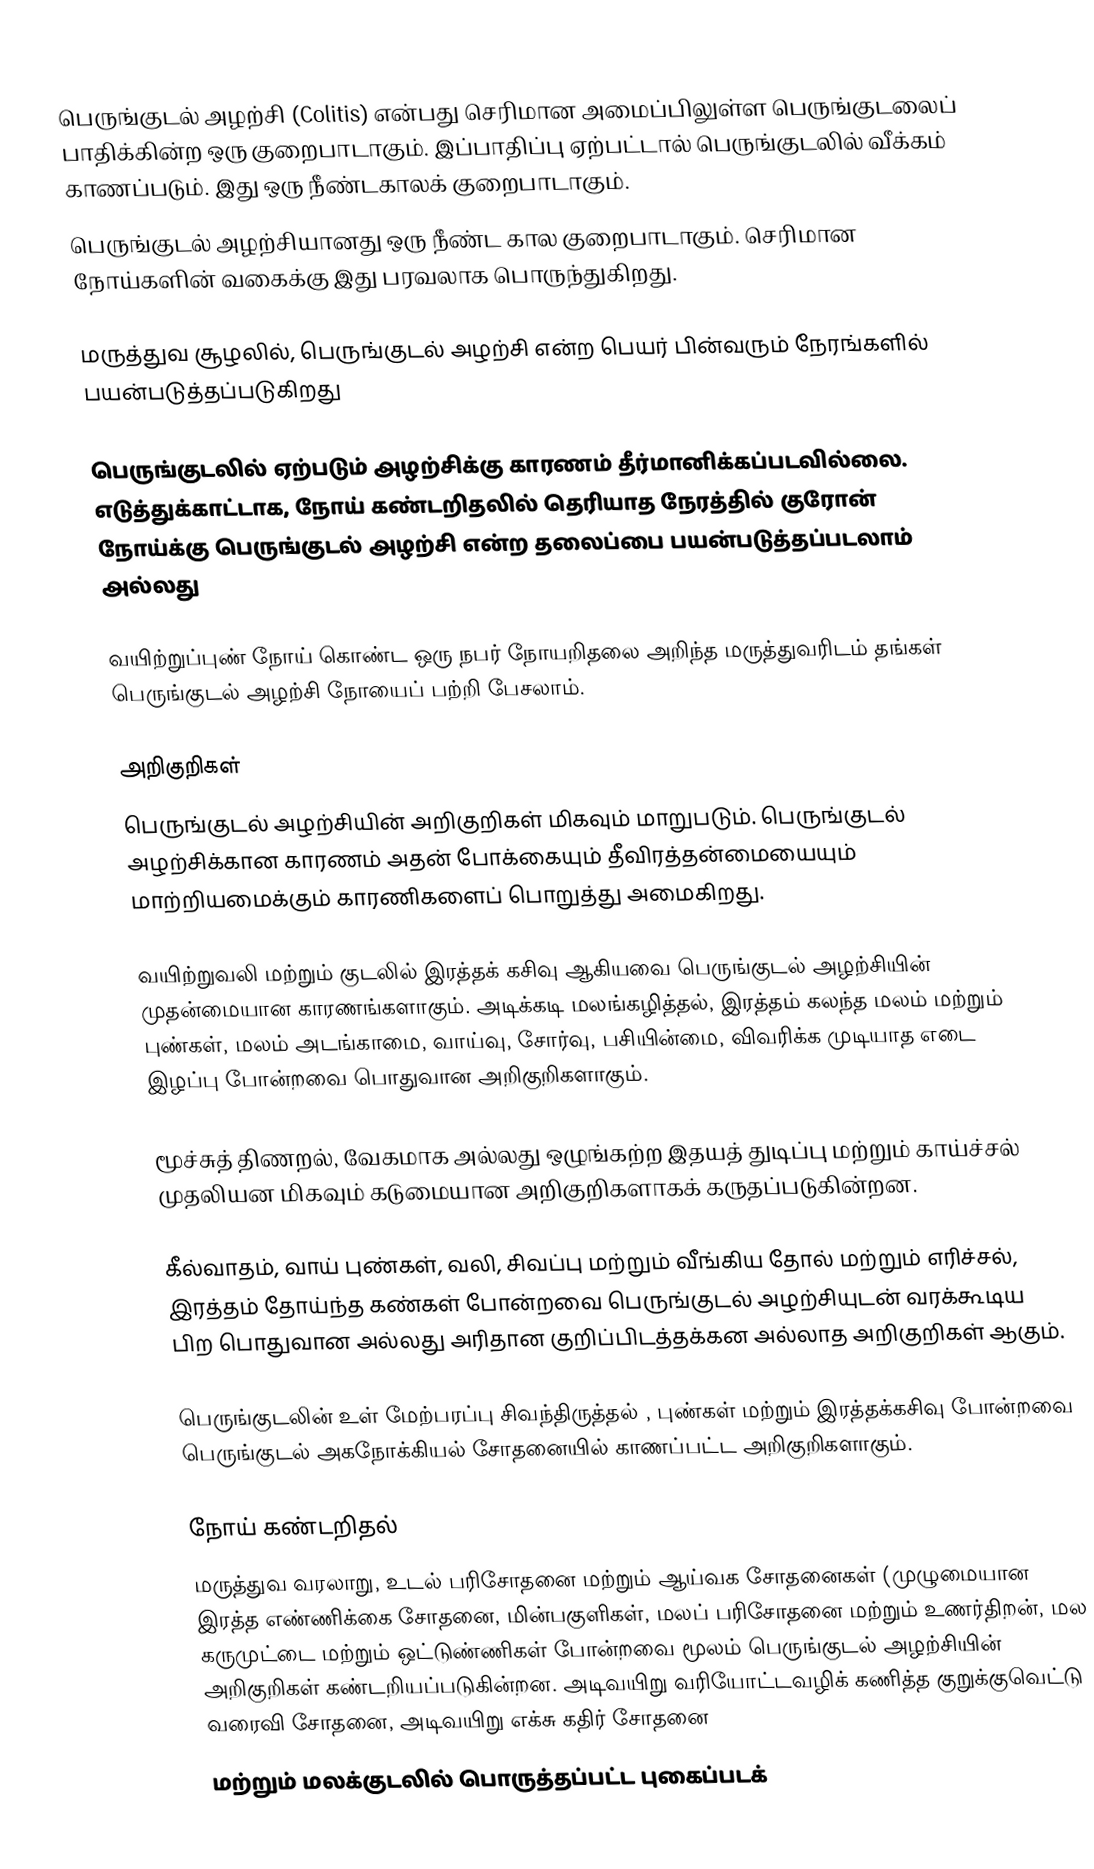
பெருங்குடல் அழற்சி (Colitis) என்பது செரிமான அமைப்பிலுள்ள பெருங்குடலைப் பாதிக்கின்ற ஒரு குறைபாடாகும். இப்பாதிப்பு ஏற்பட்டால் பெருங்குடலில் வீக்கம் காணப்படும்.  இது ஒரு நீண்டகாலக் குறைபாடாகும்.
பெருங்குடல் அழற்சியானது ஒரு நீண்ட கால குறைபாடாகும். செரிமான நோய்களின் வகைக்கு இது பரவலாக பொருந்துகிறது.

மருத்துவ சூழலில், பெருங்குடல் அழற்சி என்ற பெயர் பின்வரும் நேரங்களில் பயன்படுத்தப்படுகிறது

பெருங்குடலில் ஏற்படும் அழற்சிக்கு காரணம் தீர்மானிக்கப்படவில்லை. எடுத்துக்காட்டாக, நோய் கண்டறிதலில் தெரியாத நேரத்தில் குரோன் நோய்க்கு பெருங்குடல் அழற்சி என்ற தலைப்பை பயன்படுத்தப்படலாம் அல்லது

வயிற்றுப்புண் நோய் கொண்ட ஒரு நபர் நோயறிதலை அறிந்த மருத்துவரிடம் தங்கள் பெருங்குடல் அழற்சி நோயைப் பற்றி பேசலாம்.

அறிகுறிகள்
பெருங்குடல் அழற்சியின் அறிகுறிகள் மிகவும் மாறுபடும். பெருங்குடல் அழற்சிக்கான காரணம் அதன் போக்கையும் தீவிரத்தன்மையையும் மாற்றியமைக்கும் காரணிகளைப் பொறுத்து அமைகிறது.

வயிற்றுவலி மற்றும் குடலில் இரத்தக் கசிவு ஆகியவை பெருங்குடல் அழற்சியின் முதன்மையான காரணங்களாகும். அடிக்கடி மலங்கழித்தல், இரத்தம் கலந்த மலம் மற்றும் புண்கள், மலம் அடங்காமை, வாய்வு, சோர்வு, பசியின்மை, விவரிக்க முடியாத எடை இழப்பு போன்றவை பொதுவான அறிகுறிகளாகும்.

மூச்சுத் திணறல், வேகமாக அல்லது ஒழுங்கற்ற இதயத் துடிப்பு மற்றும் காய்ச்சல் முதலியன மிகவும் கடுமையான அறிகுறிகளாகக் கருதப்படுகின்றன.

கீல்வாதம், வாய் புண்கள், வலி, சிவப்பு மற்றும் வீங்கிய தோல் மற்றும் எரிச்சல்,  இரத்தம் தோய்ந்த கண்கள் போன்றவை பெருங்குடல் அழற்சியுடன் வரக்கூடிய பிற பொதுவான அல்லது அரிதான குறிப்பிடத்தக்கன அல்லாத அறிகுறிகள் ஆகும்.

பெருங்குடலின் உள் மேற்பரப்பு சிவந்திருத்தல் , புண்கள் மற்றும் இரத்தக்கசிவு போன்றவை பெருங்குடல் அகநோக்கியல் சோதனையில் காணப்பட்ட அறிகுறிகளாகும்.

நோய் கண்டறிதல்
மருத்துவ வரலாறு, உடல் பரிசோதனை மற்றும் ஆய்வக சோதனைகள் (முழுமையான இரத்த எண்ணிக்கை சோதனை, மின்பகுளிகள், மலப் பரிசோதனை மற்றும் உணர்திறன், மல கருமுட்டை மற்றும் ஒட்டுண்ணிகள் போன்றவை மூலம் பெருங்குடல் அழற்சியின் அறிகுறிகள் கண்டறியப்படுகின்றன. அடிவயிறு வரியோட்டவழிக் கணித்த குறுக்குவெட்டு வரைவி சோதனை, அடிவயிறு எக்சு கதிர் சோதனை
மற்றும் மலக்குடலில் பொருத்தப்பட்ட புகைப்படக்